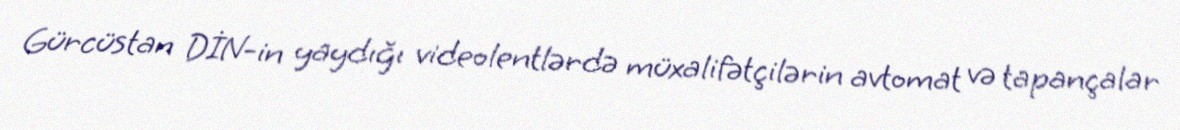
Gürcüstan DİN-in yaydığı videolentlərdə müxalifətçilərin avtomat və tapançalar